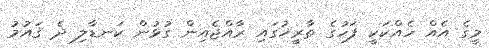
މީގެ އެއް ހެއްކަކީ ފަހުގެ ތާރީޚުގައި ރާއްޖެއިން ގުޅުން ކަނޑާލި ދެ ޤައުމު